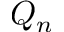
Q _ { n }